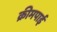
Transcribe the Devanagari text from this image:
क्रीमपाई